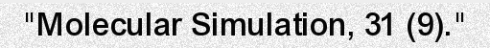
"Molecular Simulation, 31 (9)."